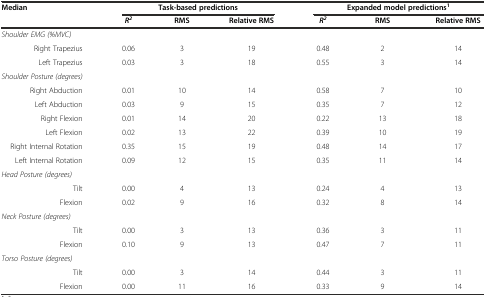
| Median | <COLSPAN=3> Task-based predictions | <COLSPAN=3> Expanded model predictions1 |
 |  | R2 | RMS | Relative RMS | R2 | RMS | Relative RMS |
 | --- | --- | --- | --- | --- | --- | --- |
 | Shoulder EMG (%MVC) |  |  |  |  |  |  |
 | Right Trapezius | 0.06 | 3 | 19 | 0.48 | 2 | 14 |
 | Left Trapezius | 0.03 | 3 | 18 | 0.55 | 3 | 14 |
 | Shoulder Posture (degrees) |  |  |  |  |  |  |
 | Right Abduction | 0.01 | 10 | 14 | 0.58 | 7 | 10 |
 | Left Abduction | 0.03 | 9 | 15 | 0.35 | 7 | 12 |
 | Right Flexion | 0.01 | 14 | 20 | 0.22 | 13 | 18 |
 | Left Flexion | 0.02 | 13 | 22 | 0.39 | 10 | 19 |
 | Right Internal Rotation | 0.35 | 15 | 19 | 0.48 | 14 | 17 |
 | Left Internal Rotation | 0.09 | 12 | 15 | 0.35 | 11 | 14 |
 | Head Posture (degrees) |  |  |  |  |  |  |
 | Tilt | 0.00 | 4 | 13 | 0.24 | 4 | 13 |
 | Flexion | 0.02 | 9 | 16 | 0.32 | 8 | 14 |
 | Neck Posture (degrees) |  |  |  |  |  |  |
 | Tilt | 0.00 | 3 | 13 | 0.36 | 3 | 11 |
 | Flexion | 0.10 | 9 | 13 | 0.47 | 7 | 11 |
 | Torso Posture (degrees) |  |  |  |  |  |  |
 | Tilt | 0.00 | 3 | 14 | 0.44 | 3 | 11 |
 | Flexion | 0.00 | 11 | 16 | 0.33 | 9 | 14 |